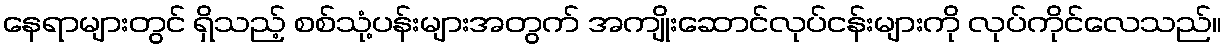
နေရာများတွင် ရှိသည့် စစ်သုံ့ပန်းများအတွက် အကျိုးဆောင်လုပ်ငန်းများကို လုပ်ကိုင်လေသည်။